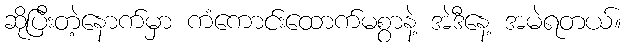
ဆိုပြီးတဲ့နောက်မှာ ကံကောင်းထောက်မစွာနဲ့ အဲဒီနေ့ အမဲရတယ်။